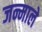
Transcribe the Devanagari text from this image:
जन्माले